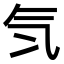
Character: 𣱖